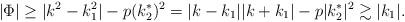
LaTeX: \begin{align*}|\Phi| \geq |k^2-k_1^2|-p(k_2^*)^2= |k-k_1||k+k_1|-p|k_2^*|^2\gtrsim |k_1|.\end{align*}